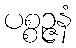
ပစ္စဉ္ဇနံ